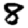
Digit: 8